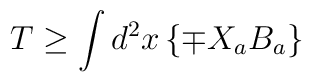
T\geq \int d^{2}x\left\{ \mp X_{a}B_{a}\right\}